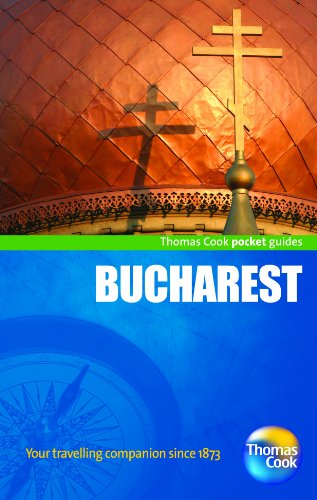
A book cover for Bucharest Pocket Guide, 3rd (Thomas Cook Pocket Guides); Thomas Cook Publishing; Travel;